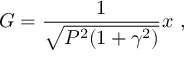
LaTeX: G = \frac { 1 } { \sqrt { P ^ { 2 } ( 1 + \gamma ^ { 2 } ) } } x \ ,